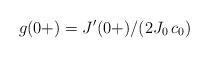
LaTeX: \begin{align*} g(0+) = J^\prime(0+)/(2 J_0\, c_0)\end{align*}